Civil Veterinary Department Bengal reports 1923-33 - 1923-1933
Year: 1923
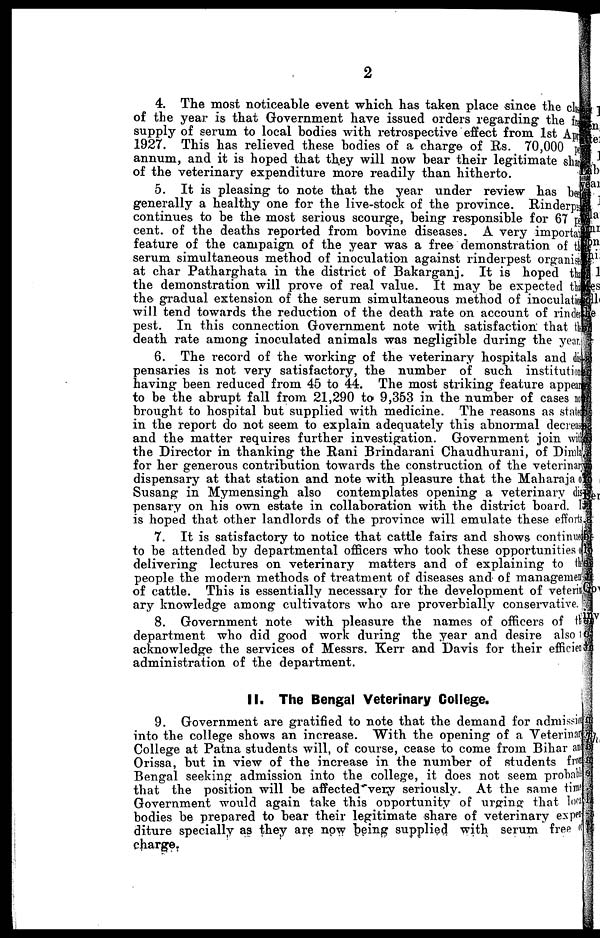
2
4. The most noticeable event which has taken place since the cl asss
of the year is that Government have issued orders regarding the free
supply of serum to local bodies with retrospective effect from 1st April
1927. This has relieved these bodies of a charge of Rs. 70,000 per
annum, and it is hoped that they will now bear their legitimate shar
of the veterinary expenditure more readily than hitherto.
5. It is pleasing to note that the year under review has been
generally a healthy one for the live-stock of the province. Rinderpest
continues to be the most serious scourge, being responsible for 67 per
cent. of the deaths reported from bovine diseases. A very important
feature of the campaign of the year was a free demonstration of the
serum simultaneous method of inoculation against rinderpest organise
at char Patharghata in the district of Bakarganj. It is hoped that
the demonstration will prove of real value. It may be expected that
the gradual extension of the serum simultaneous method of inoculation
will tend towards the reduction of the death rate on account of rinder-
pest. In this connection Government note with satisfaction that the
death rate among inoculated animals was negligible during the year.
6. The record of the working of the veterinary hospitals and dis-
pensaries is not very satisfactory, the number of such institution
having been reduced from 45 to 44. The most striking feature appear
to be the abrupt fall from 21,290 to 9,353 in the number of cases no
brought to hospital but supplied with medicine. The reasons as state
in the report do not seem to explain adequately this abnormal decreas
and the matter requires further investigation. Government join with
the Director in thanking the Rani Brindarani Chaudhurani, of Dimla
for her generous contribution towards the construction of the veterinary
dispensary at that station and note with pleasure that the Maharaja
Susang in Mymensingh also contemplates opening a veterinary dis-
pensary on his own estate in collaboration with the district board. 1
is hoped that other landlords of the province will emulate these efforts.
7. It is satisfactory to notice that cattle fairs and shows continue
to be attended by departmental officers who took these opportunities of
delivering lectures on veterinary matters and of explaining to the
people the modern methods of treatment of diseases and of management
of cattle. This is essentially necessary for the development of veterin-
ary knowledge among cultivators who are proverbially conservative.
8. Government note with pleasure the names of officers of the
department who did good work during the year and desire also
acknowledge the services of Messrs. Kerr and Davis for their efficient
administration of the department.
II. The Bengal Veterinary College.
9. Government are gratified to note that the demand for admission
into the college shows an increase. With the opening of a Veterinary
College at Patna students will, of course, cease to come from Bihar and
Orissa, but in view of the increase in the number of students from
Bengal seeking admission into the college, it does not seem probably
that the position will be affected very seriously. At the same time
Government would again take this opportunity of urging that
bodies be prepared to bear their legitimate share of veterinary exper
diture specially as they are now being supplied with serum free
charge.